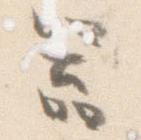
器